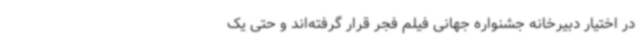
در اختیار دبیرخانه جشنواره جهانی فیلم فجر قرار گرفته‌اند و حتی یک